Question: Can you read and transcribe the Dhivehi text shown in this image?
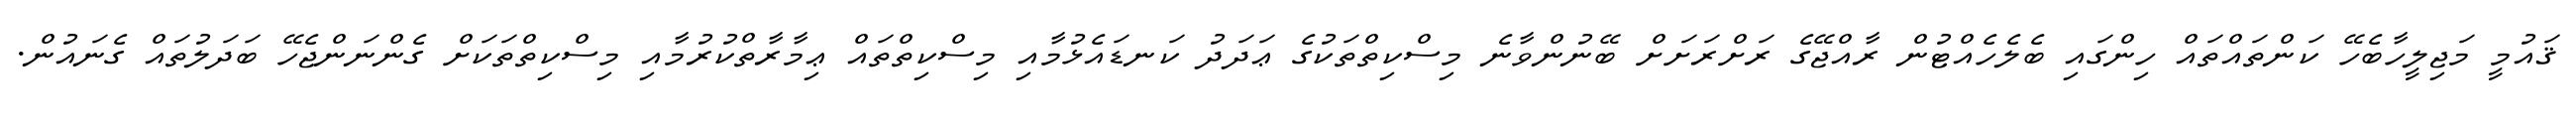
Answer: ޤައުމީ މަޖިލީހާބެހޭ ކަންތައްތައް ހިންގައި ބެލެހެއްޓުން ރާއްޖޭގެ ރަށްރަށަށް ބޭނުންވާނެ މިސްކިތްތަކުގެ ޢަދަދު ކަނޑައެޅުމާއި މިސްކިތްތައް ޢިމާރާތްކުރުމާއި މިސްކިތްތަކަށް ގެންނަންޖެހޭ ބަދަލުތައް ގެނައުން.